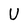
Character: U